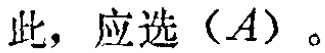
此，应选（\(A\)）。